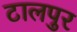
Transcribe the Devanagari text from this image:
टालपुर